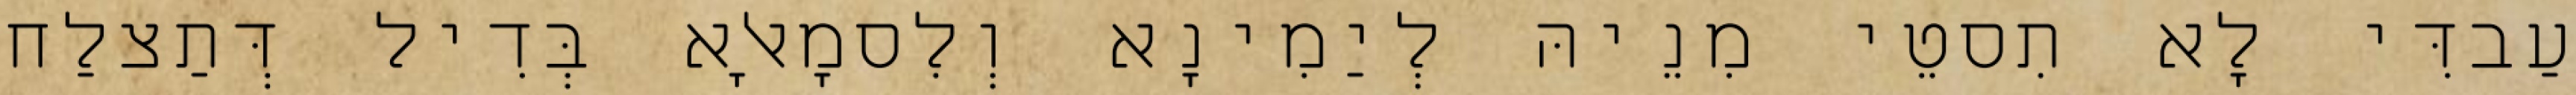
עַבדִּי לָא תִסטֵי מִנֵיהּ לְיַמִינָא וְלִסמָאלָא בְּדִיל דְּתַצלַח